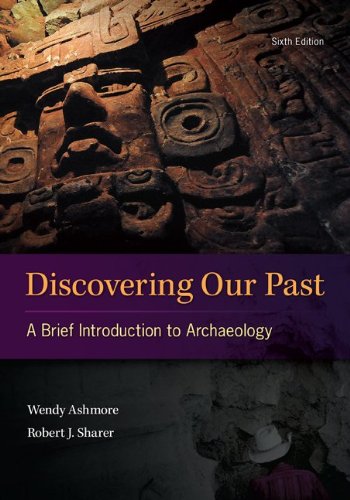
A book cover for Discovering Our Past: A Brief Introduction to Archaeology; Wendy Ashmore; Science & Math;